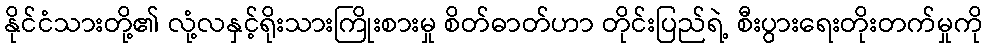
နိုင်ငံသားတို့၏ လုံ့လနှင့်ရိုးသားကြိုးစားမှု စိတ်ဓာတ်ဟာ တိုင်းပြည်ရဲ့ စီးပွားရေးတိုးတက်မှုကို